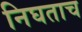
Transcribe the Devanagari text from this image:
निघताच